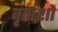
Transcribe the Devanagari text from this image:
वृतांशों